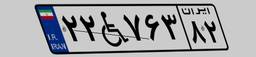
۲۲W۷۶۳۸۲